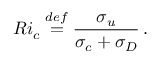
R i _ { c } \ensuremath { \stackrel { \r { d e f } } { = } } \frac { \sigma _ { u } } { \sigma _ { c } + \sigma _ { D } } \, .